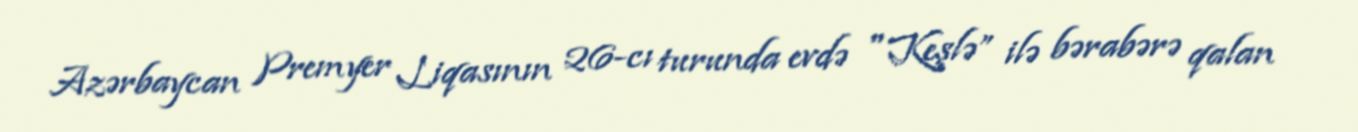
Azərbaycan Premyer Liqasının 26-cı turunda evdə "Keşlə” ilə bərabərə qalan